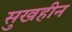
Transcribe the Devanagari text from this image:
सुखहीन